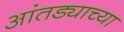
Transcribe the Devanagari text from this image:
आंतड्याच्या